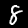
Digit: 8